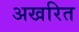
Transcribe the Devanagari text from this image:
अखरित